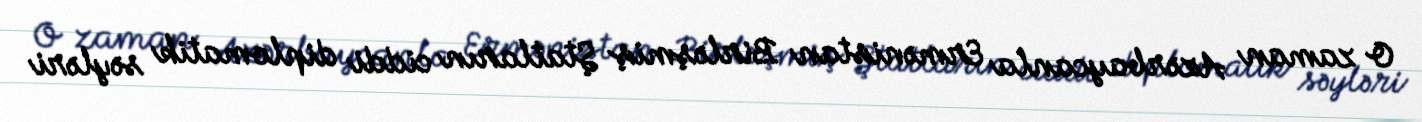
O zaman Azərbaycanla Ermənistan Birləşmiş Ştatların ciddi diplomatik səyləri